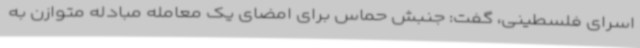
اسرای فلسطینی، گفت: جنبش حماس برای امضای یک معامله مبادله متوازن به